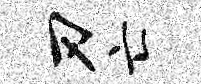
刃亡